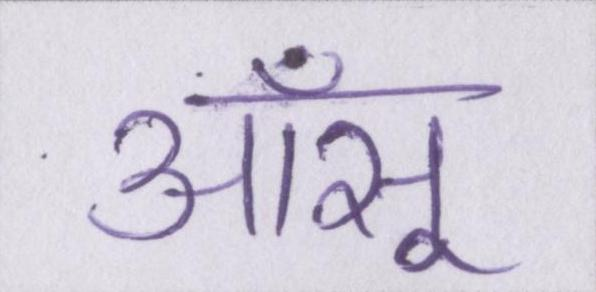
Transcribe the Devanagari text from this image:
आँसू